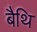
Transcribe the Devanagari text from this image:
बैथि